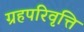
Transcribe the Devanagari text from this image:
ग्रहपरिवृत्ति